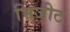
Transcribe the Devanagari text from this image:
भिजीट